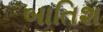
બાતિશ